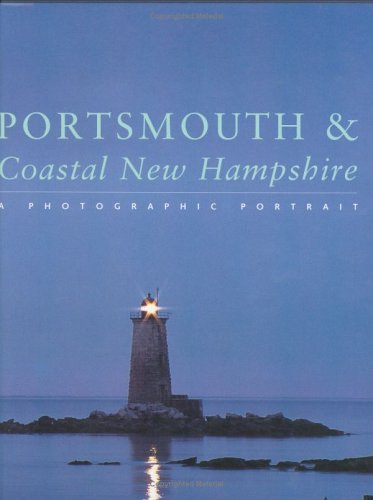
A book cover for Portsmouth & Coastal New Hampshire: A Photographic Portrait; Twin Lights Publishers Staff; Travel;